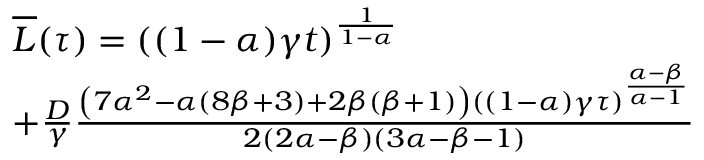
\begin{array} { r l } & { \overline { { L } } ( \tau ) = ( ( 1 - \alpha ) \gamma t ) ^ { \frac { 1 } { 1 - \alpha } } } \\ & { + \frac { D } { \gamma } \frac { \left( 7 \alpha ^ { 2 } - \alpha ( 8 \beta + 3 ) + 2 \beta ( \beta + 1 ) \right) ( ( 1 - \alpha ) \gamma \tau ) ^ { \frac { \alpha - \beta } { \alpha - 1 } } } { 2 ( 2 \alpha - \beta ) ( 3 \alpha - \beta - 1 ) } } \end{array}